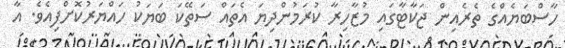
ހާސްބަޔެއްގެ ތެރެއިން ޖަކާޓާގައި މުޒާހިރާ ކުރަމުންދިޔަ އެތައް ސަތޭކަ ބަޔަކު ހައްޔަރުކޮށްފިއެވެ. އާ